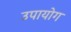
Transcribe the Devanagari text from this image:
उपायोग